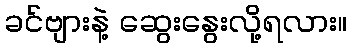
ခင်ဗျားနဲ့ ဆွေးနွေးလို့ရလား။